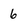
Character: 6